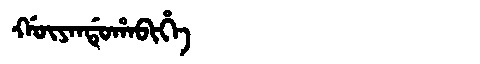
Manchu: ᡤᡡᠶᠠᠨᡩᡠᡥᠠᠪᡳᡥᡝ
Romanization: GŪYANDUHABIHE